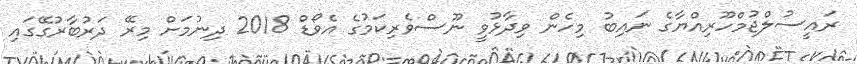
ރައީސުލްޖުމްހޫރިއްޔާގެ ނައިބު މިހެން ވިދާޅުވީ ނޫސްވެރިކަމުގެ އެވޯޑް 2018 ދިނުމަށް މިރޭ ދަރުބާރުގޭގައި